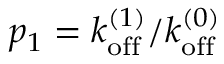
p _ { 1 } = k _ { \mathrm { o f f } } ^ { ( 1 ) } / k _ { \mathrm { o f f } } ^ { ( 0 ) }